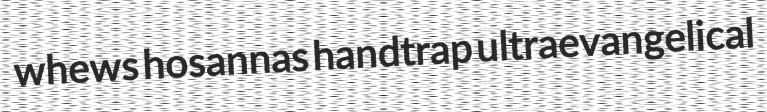
whews hosannas handtrap ultraevangelical